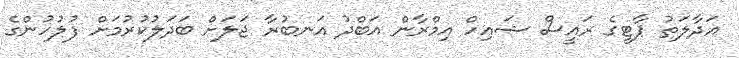
އަދާލަތު ޕާޓީގެ ރައީސް ޝައިހް އިމްރާން އަބްދު އަނބުރާ ޖަލަށް ބަދަލުކުރުމަށް ފުލުހުންގެ